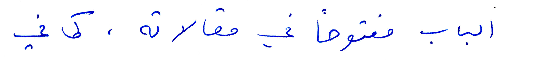
الباب مفتوحًا في مقالاته. كما في